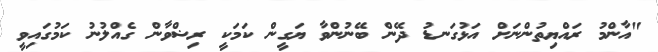
"އާންމު ރައްޔިތުންނަށް އަޅުގަނޑު ދޭން ބޭނުންވާ ޔަގީން ކަމަކީ ރިޟްވާން ގެއްލުނު ކަމުގައިވީ